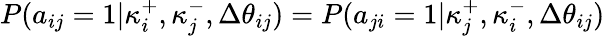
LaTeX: P(a_{ij}=1|\kappa_{i}^{+},\kappa_{j}^{-},\Delta\theta_{ij})=P(a_{ji}=1|\kappa_{j}^{+},\kappa_{i}^{-},\Delta\theta_{ij})